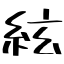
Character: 絃